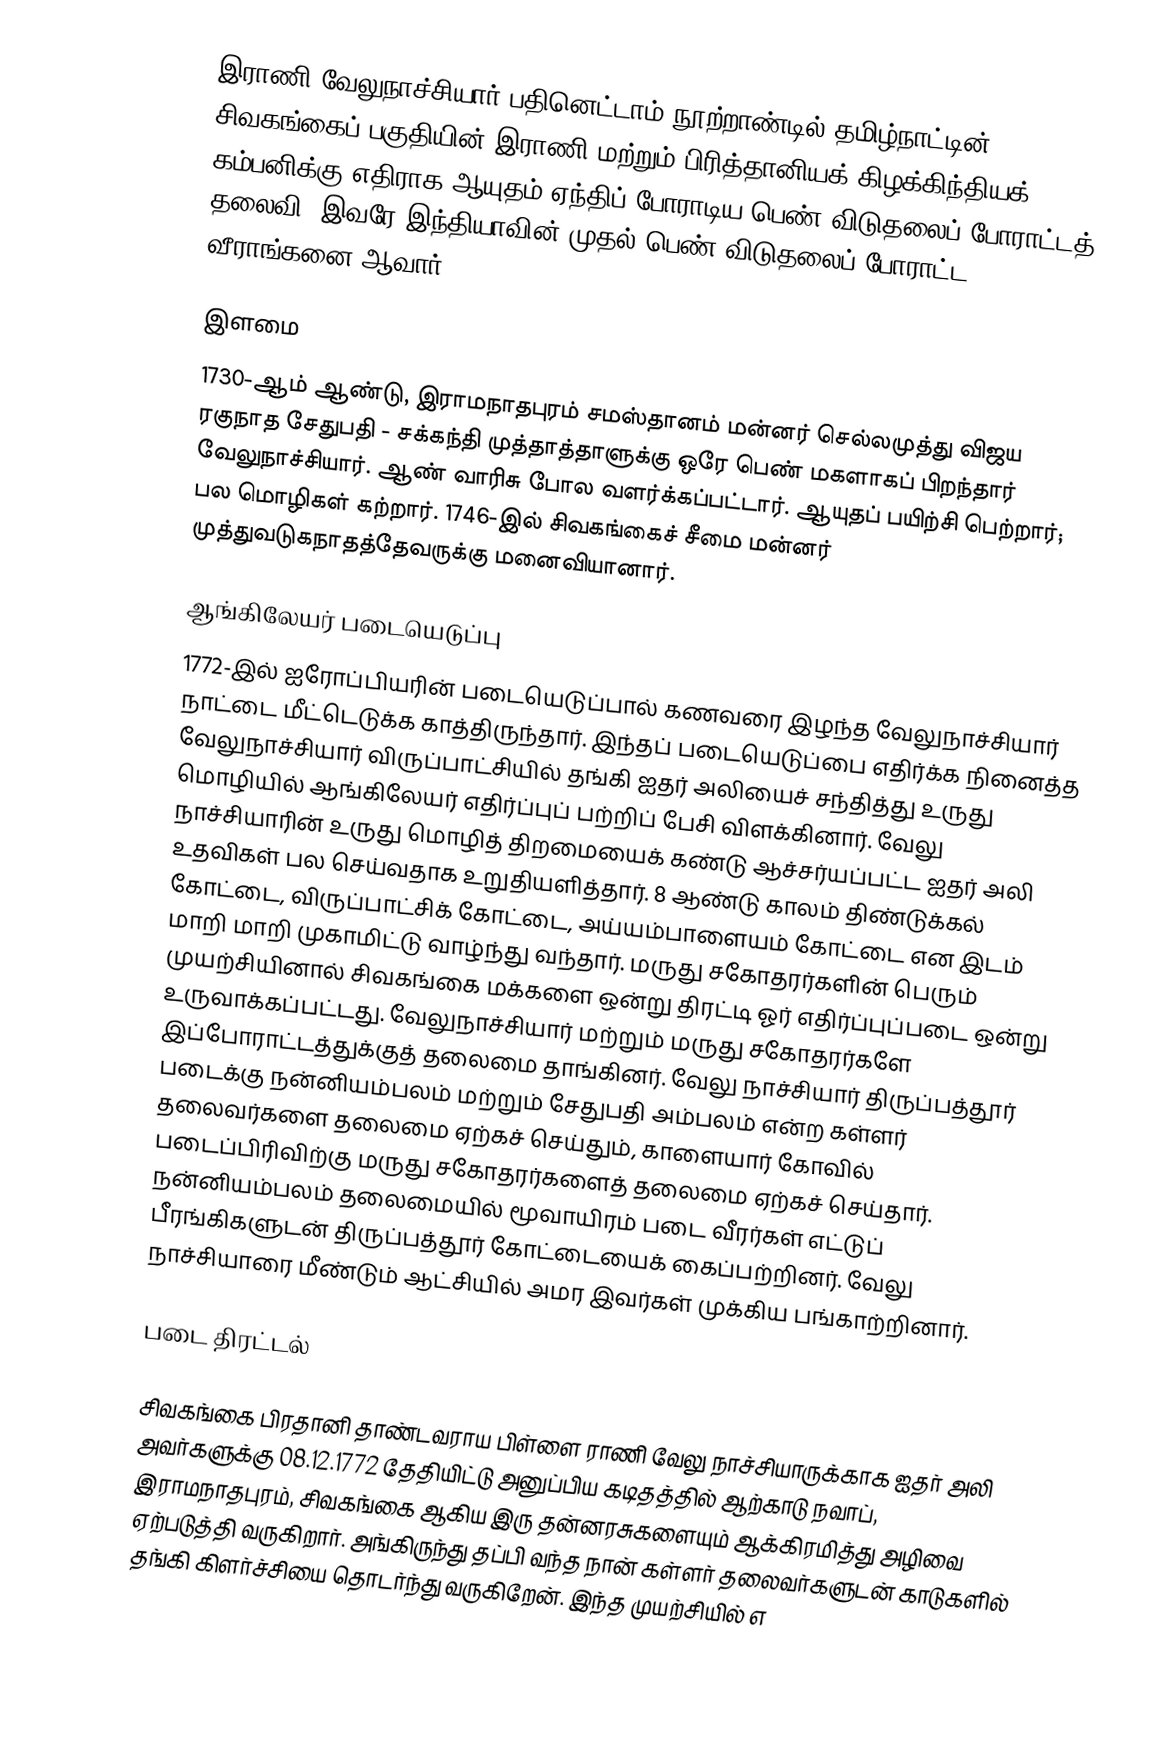
இராணி வேலுநாச்சியார்  பதினெட்டாம் நூற்றாண்டில் தமிழ்நாட்டின் சிவகங்கைப் பகுதியின் இராணி மற்றும் பிரித்தானியக் கிழக்கிந்தியக் கம்பனிக்கு எதிராக ஆயுதம் ஏந்திப் போராடிய பெண்  விடுதலைப் போராட்டத் தலைவி. இவரே இந்தியாவின் முதல் பெண் விடுதலைப் போராட்ட வீராங்கனை ஆவார்.

இளமை
1730-ஆம் ஆண்டு, இராமநாதபுரம் சமஸ்தானம் மன்னர் செல்லமுத்து விஜய ரகுநாத சேதுபதி - சக்கந்தி முத்தாத்தாளுக்கு ஒரே பெண் மகளாகப் பிறந்தார் வேலுநாச்சியார். ஆண் வாரிசு போல வளர்க்கப்பட்டார். ஆயுதப் பயிற்சி பெற்றார்; பல மொழிகள் கற்றார். 1746-இல் சிவகங்கைச் சீமை மன்னர் முத்துவடுகநாதத்தேவருக்கு மனைவியானார்.

ஆங்கிலேயர் படையெடுப்பு
1772-இல் ஐரோப்பியரின் படையெடுப்பால் கணவரை இழந்த வேலுநாச்சியார் நாட்டை மீட்டெடுக்க காத்திருந்தார். இந்தப் படையெடுப்பை எதிர்க்க நினைத்த வேலுநாச்சியார் விருப்பாட்சியில் தங்கி ஐதர் அலியைச் சந்தித்து உருது மொழியில் ஆங்கிலேயர் எதிர்ப்புப் பற்றிப் பேசி விளக்கினார். வேலு நாச்சியாரின் உருது மொழித் திறமையைக் கண்டு ஆச்சர்யப்பட்ட ஐதர் அலி உதவிகள் பல செய்வதாக உறுதியளித்தார். 8 ஆண்டு காலம் திண்டுக்கல் கோட்டை, விருப்பாட்சிக் கோட்டை, அய்யம்பாளையம் கோட்டை என இடம் மாறி மாறி முகாமிட்டு வாழ்ந்து வந்தார். மருது சகோதரர்களின் பெரும் முயற்சியினால் சிவகங்கை மக்களை ஒன்று திரட்டி ஓர் எதிர்ப்புப்படை ஒன்று உருவாக்கப்பட்டது. வேலுநாச்சியார் மற்றும் மருது சகோதரர்களே இப்போராட்டத்துக்குத் தலைமை தாங்கினர். வேலு நாச்சியார் திருப்பத்தூர் படைக்கு நன்னியம்பலம் மற்றும் சேதுபதி அம்பலம் என்ற கள்ளர் தலைவர்களை தலைமை ஏற்கச் செய்தும், காளையார் கோவில் படைப்பிரிவிற்கு மருது சகோதரர்களைத் தலைமை ஏற்கச் செய்தார். நன்னியம்பலம் தலைமையில் மூவாயிரம் படை வீரர்கள் எட்டுப் பீரங்கிகளுடன் திருப்பத்தூர் கோட்டையைக் கைப்பற்றினர். வேலு நாச்சியாரை மீண்டும் ஆட்சியில் அமர இவர்கள் முக்கிய பங்காற்றினார்.

படை திரட்டல்

சிவகங்கை பிரதானி தாண்டவராய பிள்ளை ராணி வேலு நாச்சியாருக்காக ஐதர் அலி அவர்களுக்கு 08.12.1772 தேதியிட்டு அனுப்பிய கடிதத்தில் ஆற்காடு நவாப், இராமநாதபுரம், சிவகங்கை ஆகிய இரு தன்னரசுகளையும் ஆக்கிரமித்து அழிவை ஏற்படுத்தி வருகிறார். அங்கிருந்து தப்பி வந்த நான் கள்ளர் தலைவர்களுடன் காடுகளில் தங்கி கிளர்ச்சியை தொடர்ந்து வருகிறேன். இந்த முயற்சியில் எ